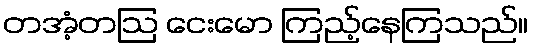
တအံ့တဩ ငေးမော ကြည့်နေကြသည်။